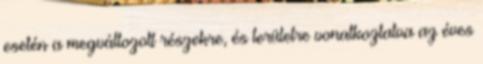
esetén a megváltozott részekre, és területre vonatkoztatva az éves